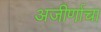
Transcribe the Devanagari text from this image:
अजीर्णाचा